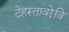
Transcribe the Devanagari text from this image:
देहस्तावद्देवि